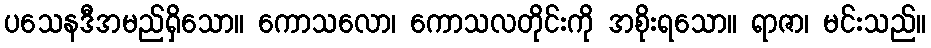
ပသေနဒီအမည်ရှိသော။ ကောသလော၊ ကောသလတိုင်းကို အစိုးရသော။ ရာဇာ၊ မင်းသည်။